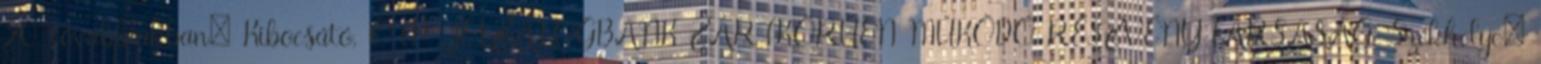
20. továbbiakban: Kibocsátó, OTP JELZÁLOGBANK ZÁRTKÖRŰEN MŰKÖDŐ RÉSZVÉNYTÁRSASÁG. Székhelye: